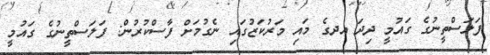
ފަލަސްތީނުގެ ގައުމީ ދިދަ އދގެ މައި މަރުކަޒުގައި ނެގުމަށް ފާސްކުރުން: ފަލަސްތީނުގެ ގައުމީ